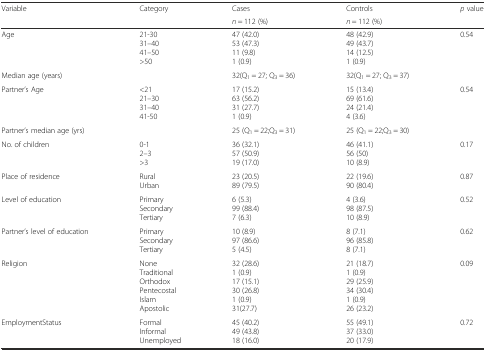
<table><thead><tr><td rowspan="2"><b>Variable</b></td><td rowspan="2"><b>Category</b></td><td><b>Cases</b></td><td><b>Controls</b></td><td rowspan="2"><b><i>p</i> value</b></td></tr><tr><td><b><i>n</i> = 112 (%)</b></td><td><b><i>n</i> = 112 (%)</b></td></tr></thead><tbody><tr><td>Age</td><td>21-3031–4041–50&gt;50</td><td>47 (42.0)53 (47.3)11 (9.8)1 (0.9)</td><td>48 (42.9)49 (43.7)14 (12.5)1 (0.9)</td><td>0.54</td></tr><tr><td>Median age (years)</td><td></td><td>32(Q<sub>1</sub> = 27; Q<sub>3</sub> = 36)</td><td>32(Q<sub>1</sub> = 27; Q<sub>3</sub> = 37)</td><td></td></tr><tr><td>Partner’s Age</td><td>&lt;2121–3031–4041-50</td><td>17 (15.2)63 (56.2)31 (27.7)1 (0.9)</td><td>15 (13.4)69 (61.6)24 (21.4)4 (3.6)</td><td>0.54</td></tr><tr><td>Partner’s median age (yrs)</td><td></td><td>25 (Q<sub>1</sub> = 22;Q<sub>3</sub> = 31)</td><td>25 (Q<sub>1</sub> = 22;Q<sub>3</sub> = 30)</td><td></td></tr><tr><td>No. of children</td><td>0-12–3&gt;3</td><td>36 (32.1)57 (50.9)19 (17.0)</td><td>46 (41.1)56 (50)10 (8.9)</td><td>0.17</td></tr><tr><td>Place of residence</td><td>RuralUrban</td><td>23 (20.5)89 (79.5)</td><td>22 (19.6)90 (80.4)</td><td>0.87</td></tr><tr><td>Level of education</td><td>PrimarySecondaryTertiary</td><td>6 (5.3)99 (88.4)7 (6.3)</td><td>4 (3.6)98 (87.5)10 (8.9)</td><td>0.52</td></tr><tr><td>Partner’s level of education</td><td>PrimarySecondaryTertiary</td><td>10 (8.9)97 (86.6)5 (4.5)</td><td>8 (7.1)96 (85.8)8 (7.1)</td><td>0.62</td></tr><tr><td>Religion</td><td>NoneTraditionalOrthodoxPentecostalIslamApostolic</td><td>32 (28.6)1 (0.9)17 (15.1)30 (26.8)1 (0.9)31(27.7)</td><td>21 (18.7)1 (0.9)29 (25.9)34 (30.4)1 (0.9)26 (23.2)</td><td>0.09</td></tr><tr><td>EmploymentStatus</td><td>FormalInformalUnemployed</td><td>45 (40.2)49 (43.8)18 (16.0)</td><td>55 (49.1)37 (33.0)20 (17.9)</td><td>0.72</td></tr></tbody></table>